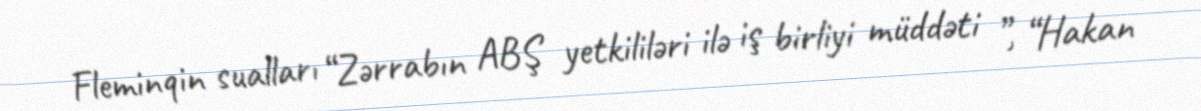
Fleminqin sualları “Zərrabın ABŞ yetkililəri ilə iş birliyi müddəti ”, “Hakan